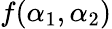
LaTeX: f(\alpha_{1},\alpha_{2})